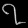
Digit: ၇